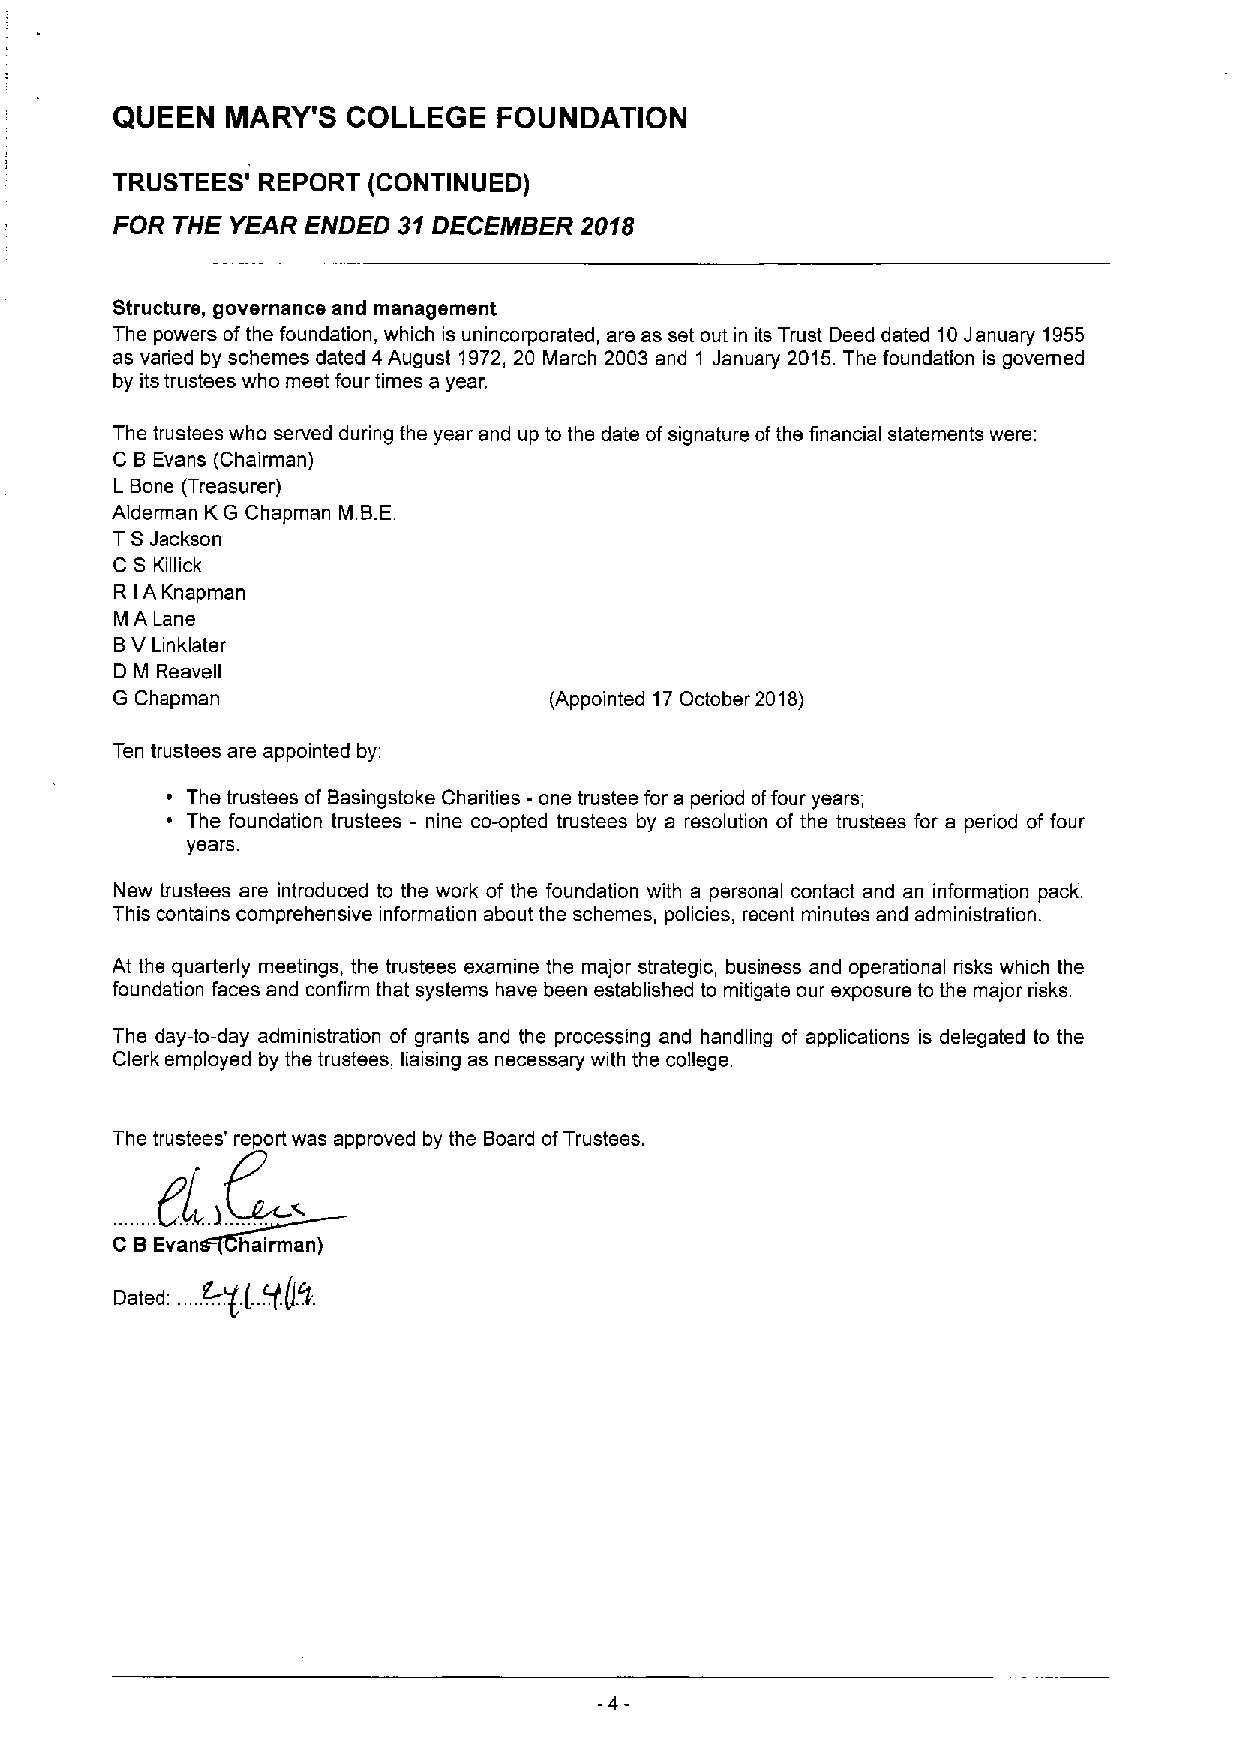
QUEEN   MARY'S  COLLEGE   FOUNDATION
 TRUSTEES' REPORT (CONTINUED)
 FOR THE YEAR ENDED 31DECEI)fBER 2018
 Structure, governance and management
 The powers ofthe foundation, which is unincorporated, are as set out in its Trust Deed dated 10January 1955
 as varied by schemes dated 4August 1972, 20 March 2003 and 1 Januaiy 2015.The foundation is governed
 by its trustees who meet four times a year.
 The trustees who served during the year and up to the date ofsignature ofthe financial statements were:
 C BEvans (Chairman)
 L Bone (Treasurer)
 Alderman KG Chapman M.B.E.
 TSJackson
 C S Killick
 R A Knapman
 I
 M A Lane
 BV Linklater
 D M Reavell
 G Chapman                    (Appointed 17October 2018)
 Ten trustees are appointed by.
 The trustees of Basingstoke Charities - one trustee for a period offour years;
 The foundation trustees - nine co-opted trustees by a resolution of the trustees for a period of four
 years.
 New trustees are introduced to the work of the foundation with a personal contact and an information pack.
 This contains comprehensive information about the schemes, policies, recent minutes and administration.
 At the quarterly meetings, the trustees examine the major strategic, business and operational risks which the
 foundation faces and confirm that systems have been established to mitigate our exposure to the major risks.
 The day-to-day administration of grants and the processing and handling of applications is delegated to the
 Clerk employed by the trustees, liaising as necessary with the college.
 The trustees' report was approved by the Board ofTrustees.
 8
 C  Evan  hairman)